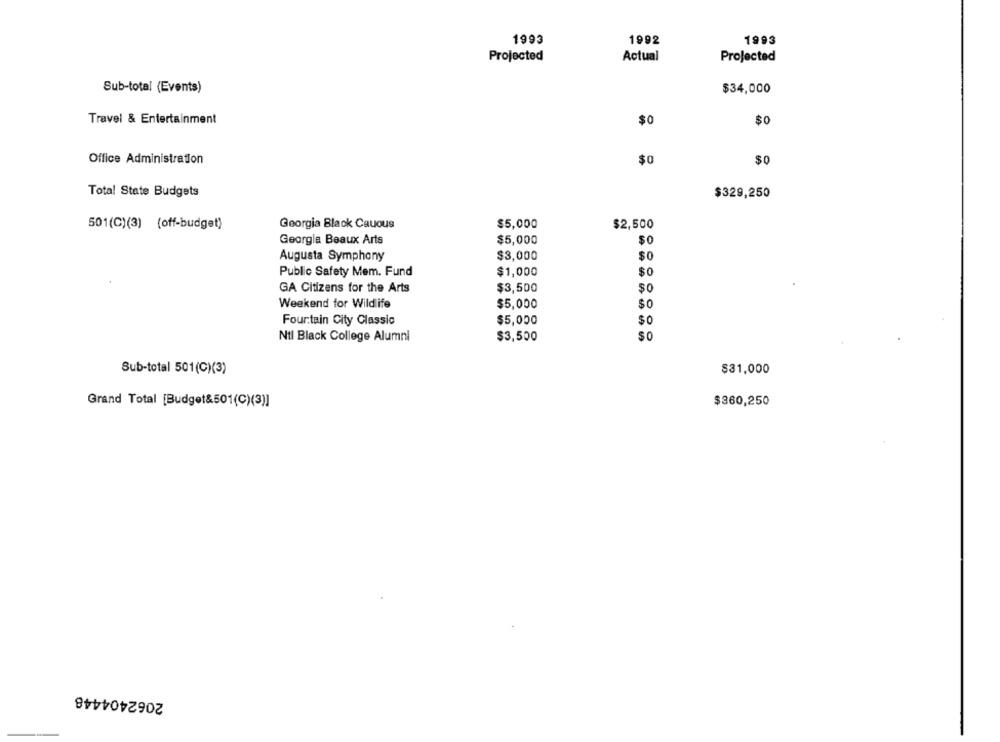
1993
1992
1993
Projected
Actual
Projected
Sub-total (Events)
$34,000
Travel & Entertainment
$0
$0
Office Administration
$0
$0
Total State Budgets
$329,250
501(C)(3) (off-budget)
Georgia Black Cauous
$5,000
$2,500
Georgia Beaux Arts
$5,000
$0
Augusta Symphony
$3,000
$0
Public Safety Mem. Fund
$1,000
$0
GA Citizens for the Arts
$3,500
$0
Weekend for Wildlife
$5,000
$0
$5,000
Four.tain City Classic
$0
Ntl Black College Alumni
$3,500
$0
Sub-total 501(C)(3)
$31,000
Grand Total [Budget&501(C)(3)]
$360,250
2062404448